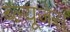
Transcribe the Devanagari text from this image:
ब्ल्यूजेस